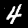
Digit: 4